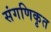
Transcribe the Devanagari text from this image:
संगणिकृत